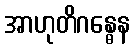
အာဟုတိဂန္ဓေန